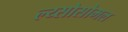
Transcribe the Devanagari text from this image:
ल्य्सोसोमल